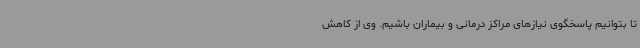
تا بتوانیم پاسخگوی نیازهای مراکز درمانی و بیماران باشیم. وی از کاهش